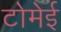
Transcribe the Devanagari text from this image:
टोमेई